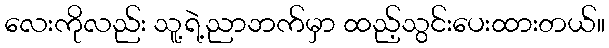
လေးကိုလည်း သူ့ရဲ့ညာဘက်မှာ ထည့်သွင်းပေးထားတယ်။